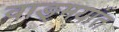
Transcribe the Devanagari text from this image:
वाङ्‌मयांत